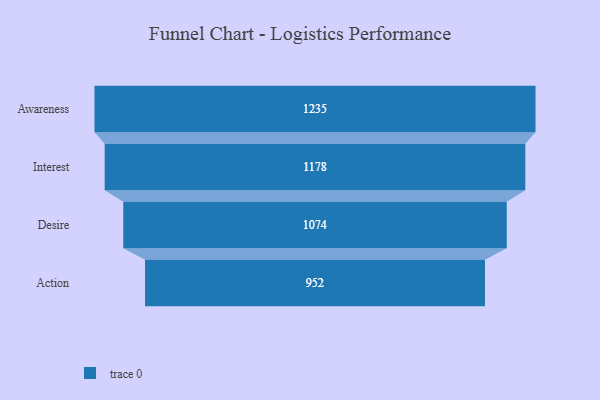
{"axis": {"x": "Stage", "y": "Value"}, "legend": [""], "data": [{"x": "Awareness", "y": 1235.0, "type": ""}, {"x": "Interest", "y": 1178.0, "type": ""}, {"x": "Desire", "y": 1074.0, "type": ""}, {"x": "Action", "y": 952.0, "type": ""}]}